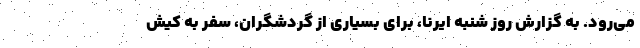
می‌رود. به گزارش روز شنبه ایرنا، برای بسیاری از گردشگران، سفر به کیش